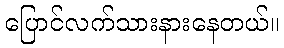
ပြောင်လက်သားနားနေတယ်။